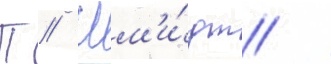
П // Шм'и́дт /